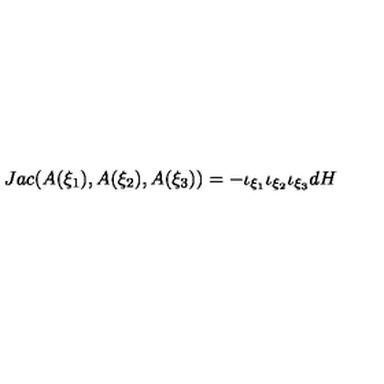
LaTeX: J a c ( A ( \xi _ { 1 } ) , A ( \xi _ { 2 } ) , A ( \xi _ { 3 } ) ) = - \iota _ { \xi _ { 1 } } \iota _ { \xi _ { 2 } } \iota _ { \xi _ { 3 } } d H